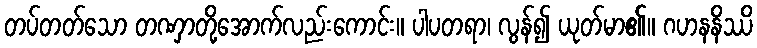
တပ်တတ်သော တဏှာတို့အောက်လည်းကောင်း။ ပါပတရာ၊ လွန်၍ ယုတ်မာ၏။ ဂဟနနိဿိ